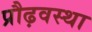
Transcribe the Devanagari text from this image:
प्रौढ़वस्था